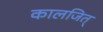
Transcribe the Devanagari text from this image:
कालजित्‌